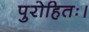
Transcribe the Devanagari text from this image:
पुरोहितः।